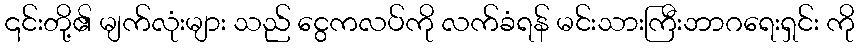
၎င်းတို့၏ မျက်လုံးများ သည် ငွေကလပ်ကို လက်ခံရန် မင်းသားကြီးဘာဂရေးရှင်း ကို